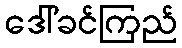
ဒေါ်ခင်ကြည်